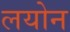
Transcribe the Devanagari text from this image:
लयोन